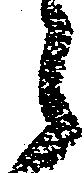
々